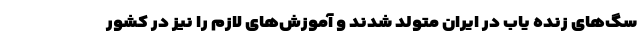
سگ‌های زنده یاب در ایران متولد شدند و آموزش‌های لازم را نیز در کشور